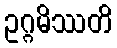
ဥဂ္ဂမိဿတိ